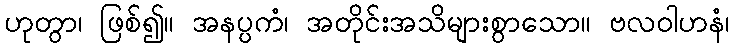
ဟုတွာ၊ ဖြစ်၍။ အနပ္ပကံ၊ အတိုင်းအသိများစွာသော။ ဗလဝါဟနံ၊